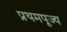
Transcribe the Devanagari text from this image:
प्रथमपूज्य